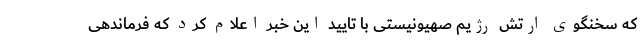
که سخنگوی ارتش رژیم صهیونیستی با تایید این خبر اعلام کرد که فرماندهی